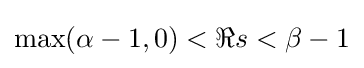
\max(\alpha -1,0)<\Re s<\beta -1